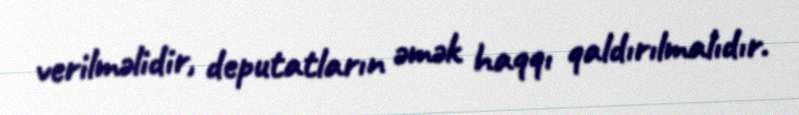
verilməlidir, deputatların əmək haqqı qaldırılmalıdır.